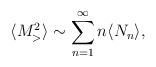
LaTeX: \begin{align*}\langle M_>^2 \rangle \sim \sum_{n=1}^{\infty} n \langle N_{n} \rangle,\end{align*}